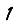
Digit: 1